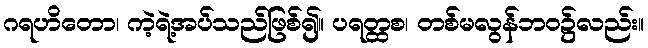
ဂရဟိတော၊ ကဲ့ရဲ့အပ်သည်ဖြစ်၍။ ပရတ္ထစ၊ တစ်မလွန်ဘဝ၌လည်း။